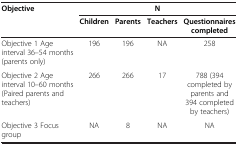
<table><thead><tr><td rowspan="2"><b>Objective</b></td><td colspan="4"><b>N</b></td></tr><tr><td><b>Children</b></td><td><b>Parents</b></td><td><b>Teachers</b></td><td><b>Questionnaires completed</b></td></tr></thead><tbody><tr><td>Objective 1 Age interval 36–54 months (parents only)</td><td>196</td><td>196</td><td>NA</td><td>258</td></tr><tr><td>Objective 2 Age interval 10–60 months (Paired parents and teachers)</td><td>266</td><td>266</td><td>17</td><td>788 (394 completed by parents and 394 completed by teachers)</td></tr><tr><td>Objective 3 Focus group</td><td>NA</td><td>8</td><td>NA</td><td>NA</td></tr></tbody></table>